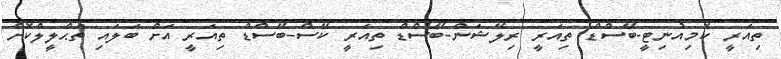
ތިއަރީ ކޮމިއުނިޓީ-ބޭސްޑް ތިއަރީ ރިލޭޝަން-ބޭސްޑް ތިއަރީ ކޭސް-ބޭސްޑް ތިއަރީ އަށް ބަލައި ތަޙްލީލްކޮށް